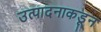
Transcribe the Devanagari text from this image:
उत्पादनाकडून